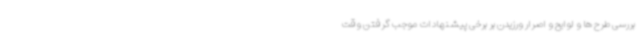
بررسی طرح ها و لوایح و اصرار ورزیدن بر برخی پیشنهادات موجب گرفتن وقت